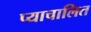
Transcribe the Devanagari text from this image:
प्याचालित